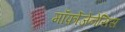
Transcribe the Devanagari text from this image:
मॉर्फ़ोजेनेसिस